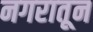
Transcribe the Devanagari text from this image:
नगरातून